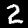
Label: 2